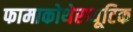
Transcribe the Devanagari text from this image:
फामाकोथेरप्यूटिक